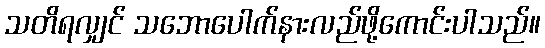
သတိရလျှင် သဘောပေါက်နားလည်ဖို့ကောင်းပါသည်။